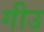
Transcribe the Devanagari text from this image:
गीउ